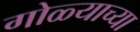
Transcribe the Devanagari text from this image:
गोळ्याच्या